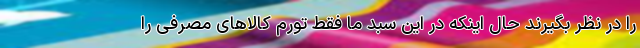
را در نظر بگیرند حال اینکه در این سبد ما فقط تورم کالاهای مصرفی را